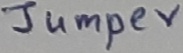
Text: Jumper